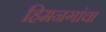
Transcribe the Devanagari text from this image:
हिमनगांचा